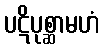
ပဋိပုစ္ဆာမဟံ